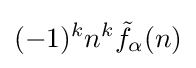
(-1)^{k}n^{k}{\tilde {f}}_{\alpha }(n)